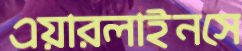
এয়ারলাইনসে